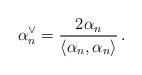
LaTeX: \begin{align*} \alpha_n^\vee=\frac{2\alpha_n} {\langle\alpha_n,\alpha_n\rangle}\, .\end{align*}